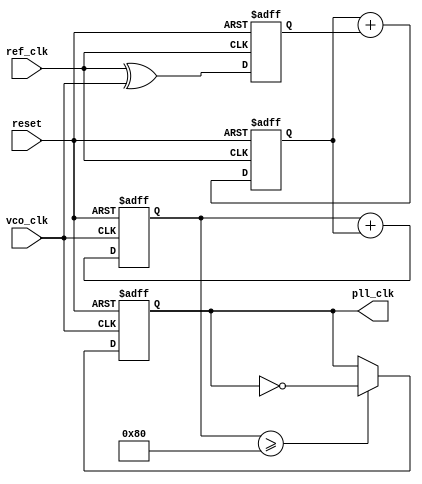
module memory_blocks_pll (
    input wire ref_clk,           // Reference clock input
    input wire vco_clk,           // Output clock input from VCO
    input wire reset,             // Asynchronous reset
    output reg pll_clk            // PLL output clock
);

// Phase Detector
reg phase_error;                // Phase error signal
always @(posedge ref_clk or negedge reset) begin
    if (!reset) begin
        phase_error <= 0;
    end else begin
        phase_error <= ref_clk ^ vco_clk; // Simple XOR for phase detection
    end
end

// Loop Filter
reg [7:0] control_voltage;      // Control voltage
always @(posedge ref_clk or negedge reset) begin
    if (!reset) begin
        control_voltage <= 8'b0;
    end else begin
        control_voltage <= control_voltage + phase_error; // Integrate phase error
    end
end

// Voltage-Controlled Oscillator (VCO)
reg [7:0] vco_count;            // VCO counter
always @(posedge vco_clk or negedge reset) begin
    if (!reset) begin
        vco_count <= 0;
        pll_clk <= 0;
    end else begin
        vco_count <= vco_count + control_voltage; // Frequency modulation based on control voltage
        pll_clk <= (vco_count >= 128) ? ~pll_clk : pll_clk; // Simple toggle for output clock
    end
end

// Memory Blocks for phase error storage
reg [7:0] error_memory [0:15]; // Simple memory block to store phase errors
reg [3:0] mem_ptr;              // Memory pointer
always @(posedge ref_clk or negedge reset) begin
    if (!reset) begin
        mem_ptr <= 0;
    end else begin
        error_memory[mem_ptr] <= phase_error; // Store current phase error
        mem_ptr <= (mem_ptr + 1) % 16; // Circular buffer
    end
end

endmodule